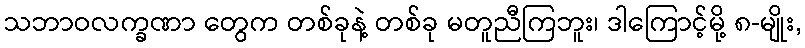
သဘာဝလက္ခဏာ တွေက တစ်ခုနဲ့ တစ်ခု မတူညီကြဘူး၊ ဒါကြောင့်မို့ ၈-မျိုး,